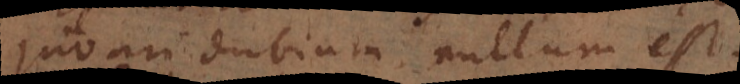
juvari dubium nullum est.